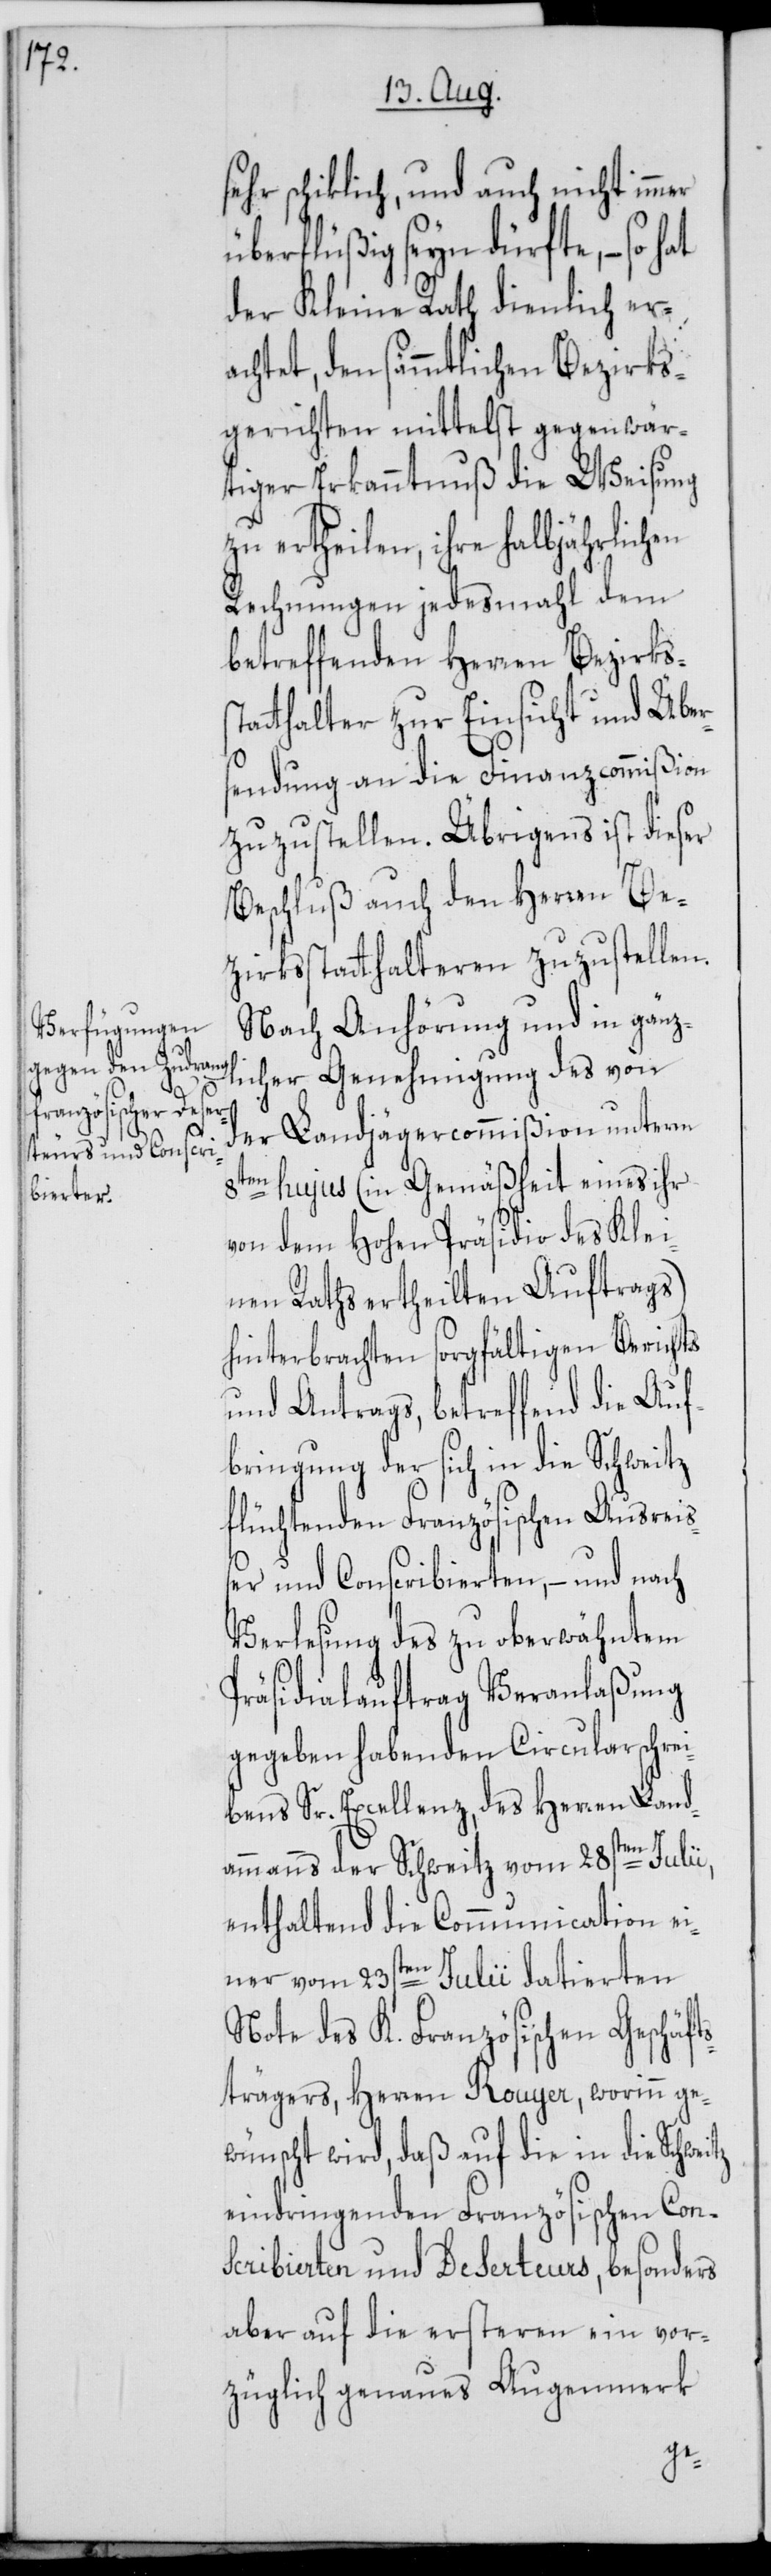
sehr schiklich, und auch nicht immer
überflüßig seyn dürfte, – so hat
der Kleine Rath dienlich er¬
achtet, den sämmtlichen Bezirks¬
gerichten mittelst gegenwär¬
tiger Erkanntnuß die Weisung
zu ertheilen, ihre halbjährlichen
Rechnungen jedesmahl dem
betreffenden Herren Bezirkss¬
tatthalter zur Einsicht und Über¬
sendung an die Finanzcommißion
zuzustellen. Übrigens ist dieser
Beschluß auch den Herren Be¬
zirksstatthalteren zuzustellen.
Nach Anhörung und in gänz¬
licher Genehmigung des von
der Landjägercommißion unterm
8ten hujus (in Gemäßheit eines ihr
von dem Hohen Präsidio des Klei¬
nen Raths ertheilten Auftrags)
hinterbrachten sorgfältigen Berichts
und Antrags, betreffend die Auf¬
bringung der sich in die Schweitz
flüchtenden Französischen Ausreiß¬
er und Conscribierten, – und nach
Verlesung des zu oberwähntem
Präsidialauftrag Veranlaßung
gegeben habenden Circularschrei¬
bens Sr. Excellenz des Herren Land¬
ammanns der Schweitz vom 28sten Julii,
enthaltend die Communication ei¬
ner vom 23sten Julii datierten
Note des K. Französischen Geschäft¬
strägers, Herren Rouyer, worinn ge¬
wünscht wird, daß auf die in die Schweitz
eindringenden Französischen Con¬
scribierten und Deserteurs, besonders
aber auf die ersteren ein vor¬
züglich genaues Augenmerk